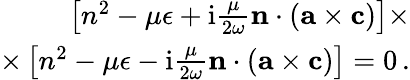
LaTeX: \begin{array}{r}{\left[n^{2}-\mu\epsilon+\mathrm{i}\frac{\mu}{2\omega}\mathbf{n}\cdot(\mathbf{a}\times\mathbf{c})\right]\times}\\ {\times\left[n^{2}-\mu\epsilon-\mathrm{i}\frac{\mu}{2\omega}\mathbf{n}\cdot(\mathbf{a}\times\mathbf{c})\right]=0\, .}\end{array}